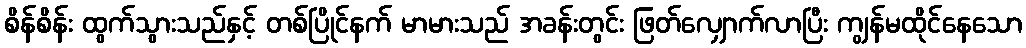
စိန်စိန်း ထွက်သွားသည်နှင့် တစ်ပြိုင်နက် မာမားသည် အခန်းတွင်း ဖြတ်လျှောက်လာပြီး ကျွန်မထိုင်နေသော